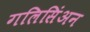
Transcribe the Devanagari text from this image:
गलिसिंअन